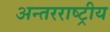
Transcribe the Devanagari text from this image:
अन्‍तरराष्ट्रीय